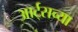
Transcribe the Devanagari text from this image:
आर्ट्‌सच्या